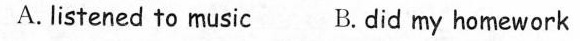
A. listened to music B.did my homework